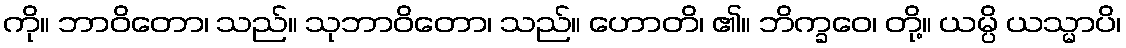
ကို။ ဘာဝိတော၊ သည်။ သုဘာဝိတော၊ သည်။ ဟောတိ၊ ၏။ ဘိက္ခဝေ၊ တို့။ ယမ္ပိ ယသ္မာပိ၊